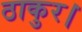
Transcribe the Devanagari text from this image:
ठाकुर।